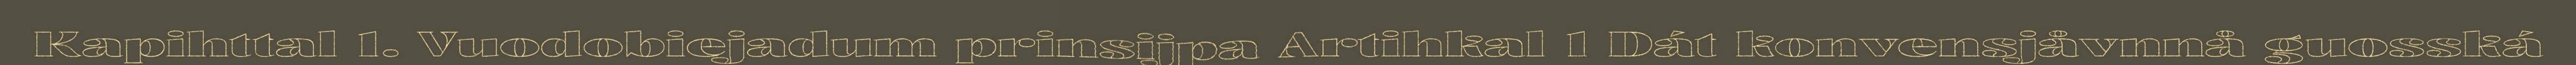
Kapihttal 1. Vuodobiejadum prinsijpa Artihkal 1 Dát konvensjåvnnå guosská